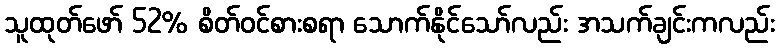
သူထုတ်ဖော် 52% စိတ်ဝင်စားစရာ သောက်နိုင်သော်လည်း အသက်ချင်းကလည်း